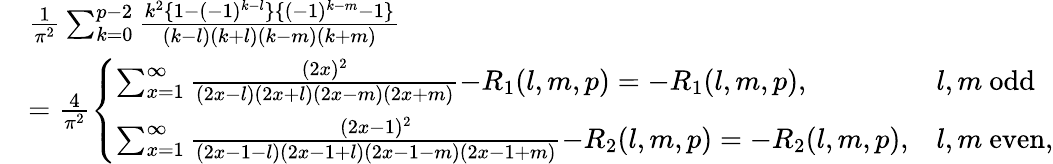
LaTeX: \begin{array}{rl}&{\frac{1}{\pi^{2}}\sum_{k=0}^{p-2}\frac{k^{2}\{ 1-(-1)^{k-l}\} \{ (-1)^{k-m}{-}1\} }{(k{-}l)(k{+}l)(k{-}m)(k{+}m)}}\\ &{=\frac{4}{\pi^{2}}\left\{ \begin{array}{ll}{\sum_{x=1}^{\infty}\frac{(2x)^{2}}{(2x{-}l)(2x{+}l)(2x{-}m)(2x{+}m)}{-}R_{1}(l,m,p)={-}R_{1}(l,m,p),}&{l,m\mathrm{~odd}}\\ {\sum_{x=1}^{\infty}\frac{(2x{-}1)^{2}}{(2x{-}1{-}l)(2x{-}1{+}l)(2x{-}1{-}m)(2x{-}1{+}m)}{-}R_{2}(l,m,p)={-}R_{2}(l,m,p),}&{l,m\mathrm{~even,}}\end{array}\right.}\end{array}